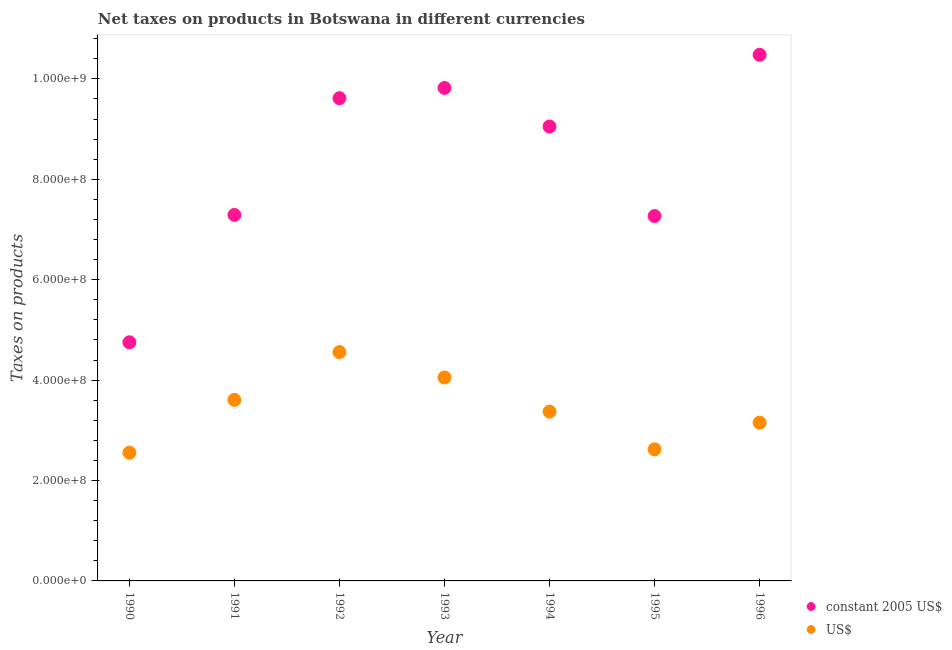
| Year | constant 2005 US$ | US$ |
 | --- | --- | --- |
 | 1990 | 4.75e+08 | 2.56e+08 |
 | 1991 | 7.29e+08 | 3.61e+08 |
 | 1992 | 9.62e+08 | 4.56e+08 |
 | 1993 | 9.82e+08 | 4.05e+08 |
 | 1994 | 9.05e+08 | 3.37e+08 |
 | 1995 | 7.27e+08 | 2.62e+08 |
 | 1996 | 1.05e+09 | 3.15e+08 |